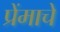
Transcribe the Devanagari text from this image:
प्रेंमाचे